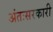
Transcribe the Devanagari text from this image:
अंतःसरकारी